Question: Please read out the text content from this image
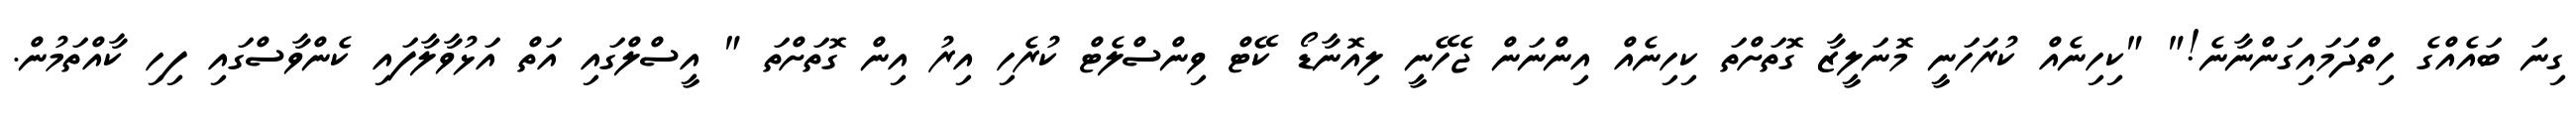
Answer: ގިނަ ބައެއްގެ ހިތްދަމައިގަންނާނެ!" "ކިހިނެއް ކުރަހަނީ މޮނަލީޒާ ގޮތަށްތަ ކިހިނެއް އިންނަން ޖެހޭނީ ލިއޮނާޑޯ ކޭޓް ވިންސްލެޓް ކުރެހި އިރު އިން ގޮތަށްތަ " އީސްލްގައި އަތް އަޅުވާލާފައި ކެންވާސްގައި ފިހި ކާއްތަމުން.